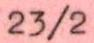
23/2